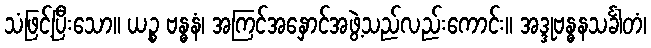
သံဖြင့်ပြီးသော။ ယဉ္စ ဗန္ဓနံ၊ အကြင်အနှောင်အဖွဲ့သည်လည်းကောင်း။ အဒ္ဒုဗန္ဓနသင်္ခါတံ၊